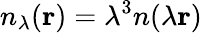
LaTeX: n_{\lambda}(\mathbf{r})=\lambda^{3}n(\lambda\mathbf{r})